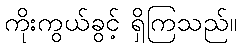
ကိုးကွယ်ခွင့် ရှိကြသည်။